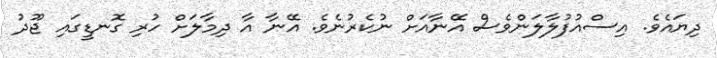
ދިޔައެވެ. އިސްއުފުލާލަންވެސް އޭނާއަށް ނުކެރުނެވެ. އޭނާ އާ ދިމާލަށް ހުރި ގޮނޑީގައި ޖޫދު